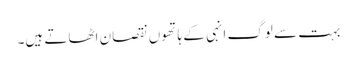
بہت سے لوگ انہی کے ہاتھوں نقصان اٹھاتے ہیں۔